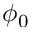
\phi _ { 0 }